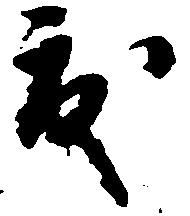
度